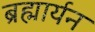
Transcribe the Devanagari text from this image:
ब्रह्मार्यन